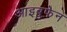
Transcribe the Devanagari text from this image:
आइबुफेन